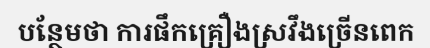
បន្ថែមថា ការផឹកគ្រឿងស្រវឹងច្រើនពេក